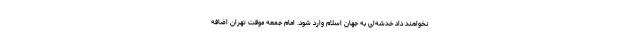
نخواهند داد خدشه‌ای به جهان اسلام وارد شود. امام جمعه موقت تهران اضافه